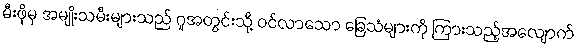
မီးဖိုမှ အမျိုးသမီးများသည် ဂူအတွင်းသို့ ဝင်လာသော ခြေသံများကို ကြားသည့်အလျောက်